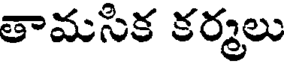
తామసిక కర్మలు